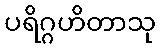
ပရိဂ္ဂဟိတာသု